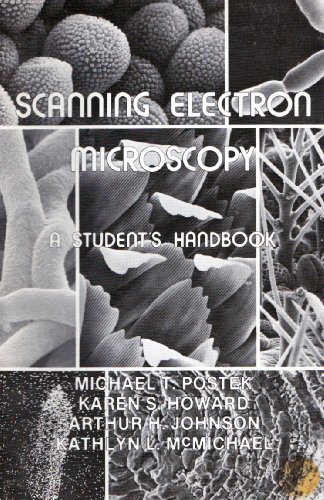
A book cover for Scanning Electron Microscopy; Michael T. Et Alii. Postek; Science & Math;